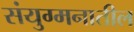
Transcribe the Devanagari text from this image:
संयुग्मनातील